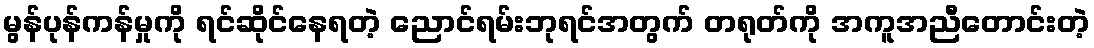
မွန်ပုန်ကန်မှုကို ရင်ဆိုင်နေရတဲ့ ညောင်ရမ်းဘုရင်အတွက် တရုတ်ကို အကူအညီတောင်းတဲ့